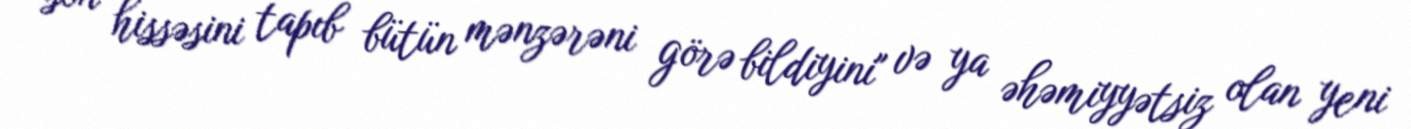
son hissəsini tapıb bütün mənzərəni görə bildiyini" və ya əhəmiyyətsiz olan yeni